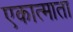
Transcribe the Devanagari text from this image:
एकात्माता